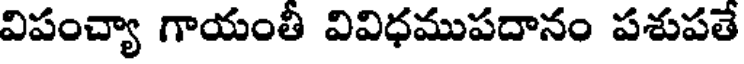
విపంచ్యా గాయంతీ వివిధముపదానం పశుపతే